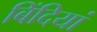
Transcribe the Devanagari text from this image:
बिंदियां